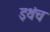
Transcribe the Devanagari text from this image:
इथंच